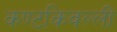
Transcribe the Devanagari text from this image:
कण्टकिवल्ली